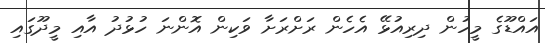
އައްޑޫގެ މީހުން ދިރިއުޅޭ އެހެން ރަށްރަށާ ވަކިން އޮންނަ ހުޅުދު އާއި މީދޫގައި